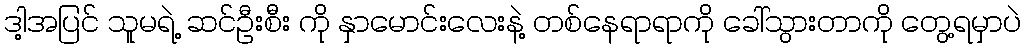
ဒါ့အပြင် သူမရဲ့ ဆင်ဦးစီး ကို နှာမောင်းလေးနဲ့ တစ်နေရာရာကို ခေါ်သွားတာကို တွေ့ရမှာပဲ